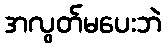
အလွတ်မပေးဘဲ